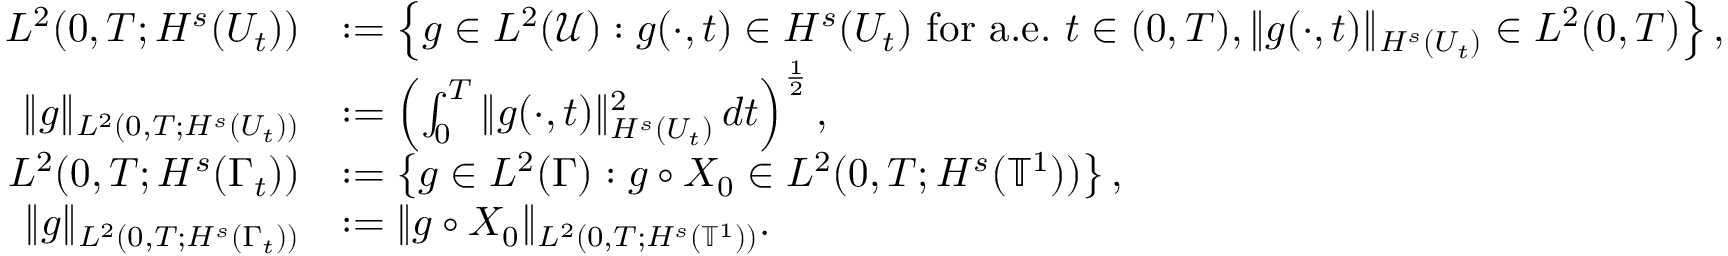
\begin{array} { r l } { L ^ { 2 } ( 0 , T ; H ^ { s } ( U _ { t } ) ) } & { : = \left\{ g \in L ^ { 2 } ( \mathcal { U } ) : g ( \cdot , t ) \in H ^ { s } ( U _ { t } ) \mathrm { ~ f o r ~ a . e . \ } t \in ( 0 , T ) , \| g ( \cdot , t ) \| _ { H ^ { s } ( U _ { t } ) } \in L ^ { 2 } ( 0 , T ) \right\} , } \\ { \| g \| _ { L ^ { 2 } ( 0 , T ; H ^ { s } ( U _ { t } ) ) } } & { : = \left( \int _ { 0 } ^ { T } \| g ( \cdot , t ) \| _ { H ^ { s } ( U _ { t } ) } ^ { 2 } \, d t \right) ^ { \frac 1 2 } , } \\ { L ^ { 2 } ( 0 , T ; H ^ { s } ( \Gamma _ { t } ) ) } & { : = \left\{ g \in L ^ { 2 } ( \Gamma ) : g \circ X _ { 0 } \in L ^ { 2 } ( 0 , T ; H ^ { s } ( \ensuremath { \mathbb { T } } ^ { 1 } ) ) \right\} , } \\ { \| g \| _ { L ^ { 2 } ( 0 , T ; H ^ { s } ( \Gamma _ { t } ) ) } } & { : = \| g \circ X _ { 0 } \| _ { L ^ { 2 } ( 0 , T ; H ^ { s } ( \ensuremath { \mathbb { T } } ^ { 1 } ) ) } . } \end{array}